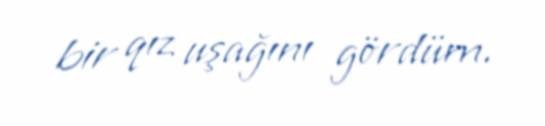
bir qız uşağını gördüm.